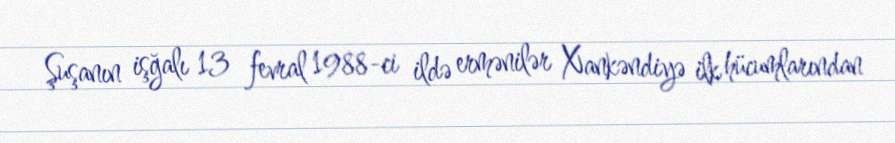
Şuşanın işğalı 13 fevral 1988-ci ildə ermənilər Xankəndiyə ilk hücumlarından